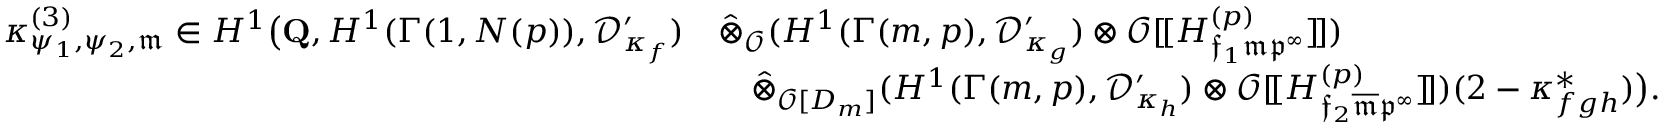
\begin{array} { r l } { \boldsymbol { \kappa } _ { \psi _ { 1 } , \psi _ { 2 } , \mathfrak { m } } ^ { ( 3 ) } \in H ^ { 1 } \bigl ( \mathbf { Q } , H ^ { 1 } ( \Gamma ( 1 , N ( p ) ) , \mathcal { D } _ { \kappa _ { f } } ^ { \prime } ) } & { \hat { \otimes } _ { \mathcal O } ( H ^ { 1 } ( \Gamma ( m , p ) , \mathcal { D } _ { \kappa _ { g } } ^ { \prime } ) \otimes \mathcal O [ \! [ H _ { \mathfrak { f } _ { 1 } \mathfrak { m } \mathfrak { p } ^ { \infty } } ^ { ( p ) } ] \! ] ) } \\ & { \quad \hat { \otimes } _ { \mathcal O [ D _ { m } ] } ( H ^ { 1 } ( \Gamma ( m , p ) , \mathcal { D } _ { \kappa _ { h } } ^ { \prime } ) \otimes \mathcal O [ \! [ H _ { \mathfrak { f } _ { 2 } \overline { { \mathfrak { m } } } \mathfrak { p } ^ { \infty } } ^ { ( p ) } ] \! ] ) ( 2 - \kappa _ { f { \boldsymbol { g } } { \boldsymbol { h } } } ^ { * } ) \bigr ) . } \end{array}